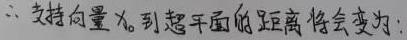
二、支持向量$x_i$到超平面的距离将会变为：